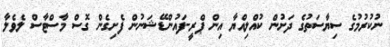
ނުކުރުމުގެ ސިޔާސަތުގެ ދަށުން ކުއްލިއްޔާ އިން ޕްރީ-ފައުންޑޭޝަނުން ފެށިގެން ގޮސް މާސްޓާސް ލެވެލާ